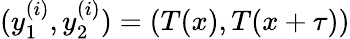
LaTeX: (y_{1}^{(i)},y_{2}^{(i)})=(T(x),T(x+\tau))